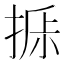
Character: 𰔁